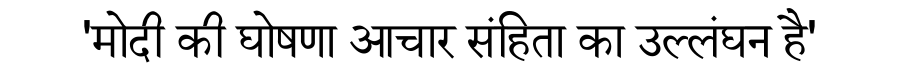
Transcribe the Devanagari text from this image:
'मोदी की घोषणा आचार संहिता का उल्लंघन है'